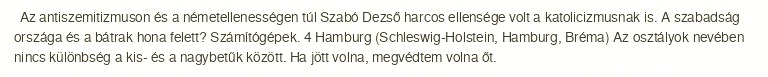
Az antiszemitizmuson és a németellenességen túl Szabó Dezső harcos ellensége volt a katolicizmusnak is. A szabadság országa és a bátrak hona felett? Számítógépek. 4 Hamburg (Schleswig-Holstein, Hamburg, Bréma) Az osztályok nevében nincs különbség a kis- és a nagybetűk között. Ha jött volna, megvédtem volna őt.